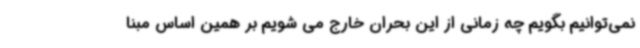
نمی‌توانیم بگویم چه زمانی از این بحران خارج می شویم بر همین اساس مبنا